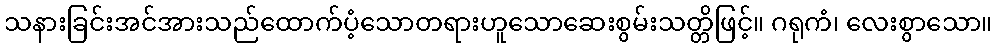
သနားခြင်းအင်အားသည်ထောက်ပံ့သောတရားဟူသောဆေးစွမ်းသတ္တိဖြင့်။ ဂရုကံ၊ လေးစွာသော။